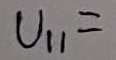
Text: U11=